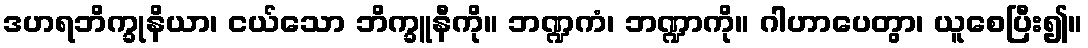
ဒဟရဘိက္ခုနိယာ၊ ငယ်သော ဘိက္ခူနီကို။ ဘဏ္ဍကံ၊ ဘဏ္ဍာကို။ ဂါဟာပေတွာ၊ ယူစေပြီး၍။